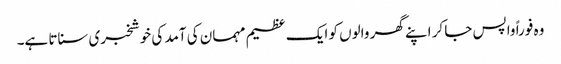
وہ فوراً واپس جا کر اپنے گھر والوں کو ایک عظیم مہمان کی آمد کی خوشخبری سناتا ہے۔